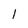
Character: 1